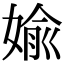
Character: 婾